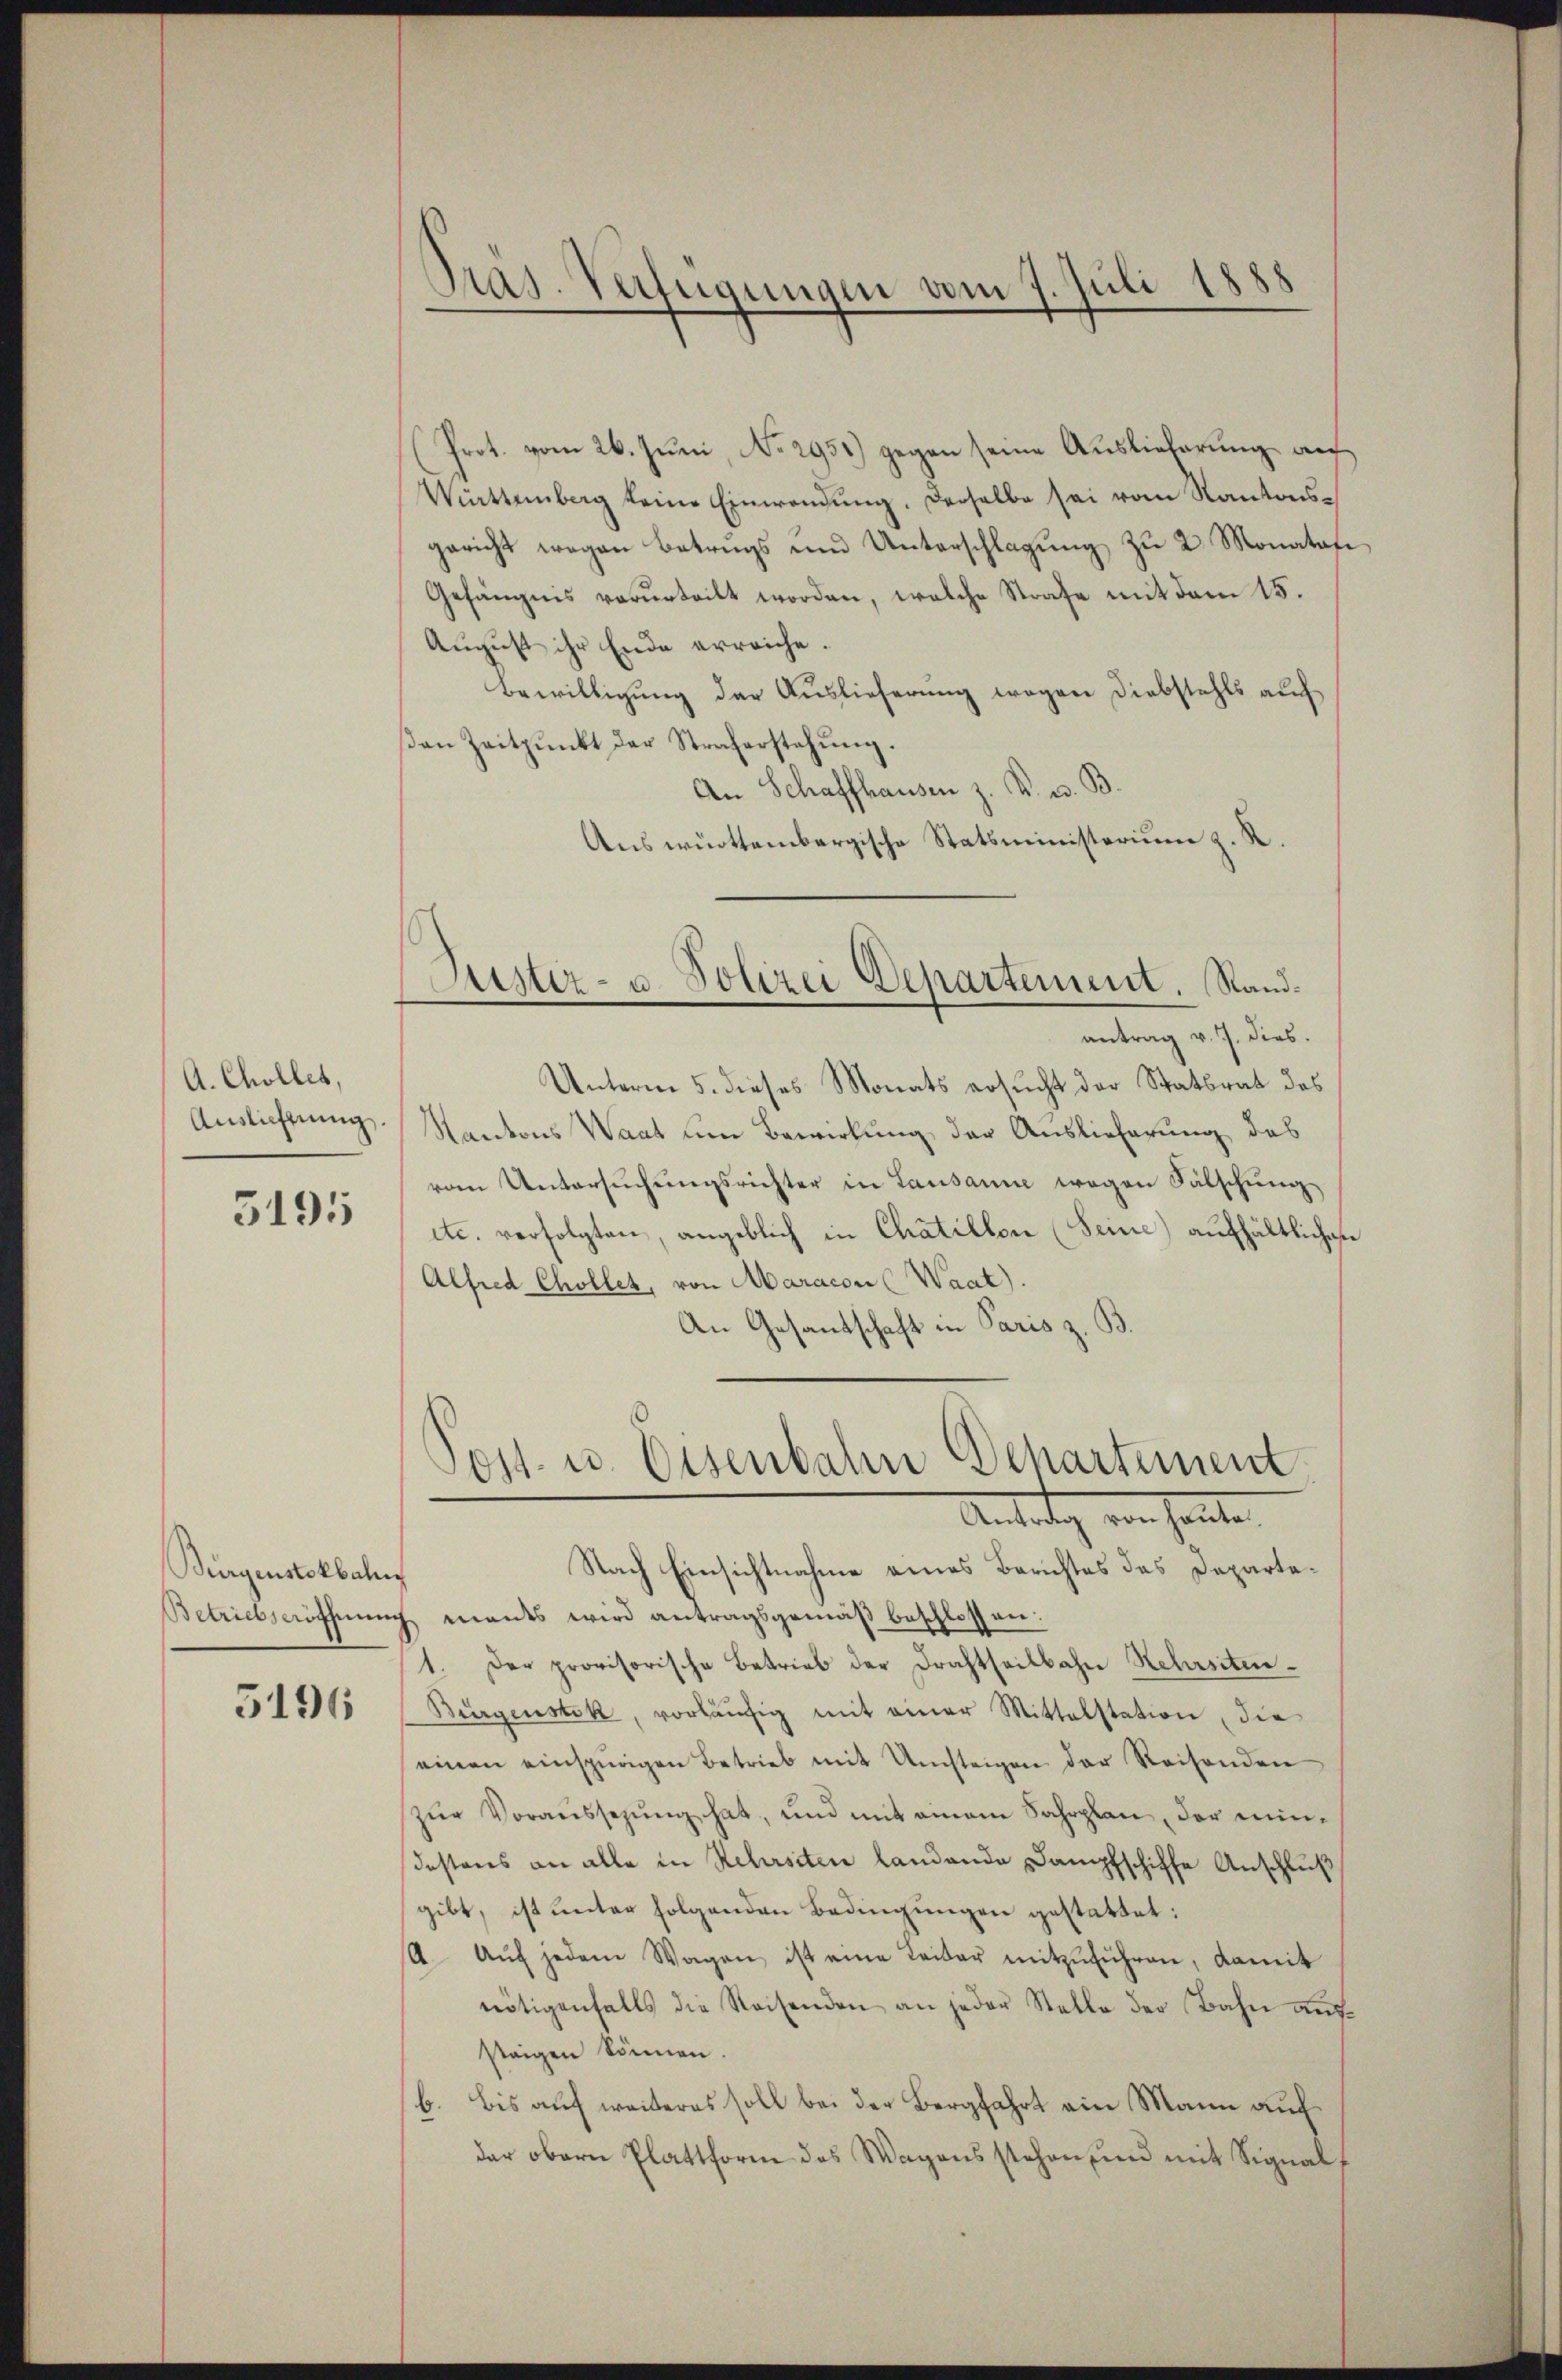
A. Cholles,
Auslichtung.

5195

Bürgenstokbahn

5196

Pras. Verfügungen vom 7. Juli 1888

(Prot. vom 26. Juni, No. 2951) gegen seine Auslieferung auf
Wittemberg keine Einwendung. Derselbe sei vom Kantonsgericht wegen Betrags und Unterschlagŭng zŭ 2 Monatare
Gefängnis verurteilt worden, welche Strafe mit dem 15.
August ihr Ende erreiche.
Bewilligung der Auslieferung wegen Diebstahls auf
βen Zeitpunkt der Straferstehung.
An Schaffhausen z. B. u. B.
Aus württembergische Statsministerium z. S.

Suster- u. Polizei Departement. Rand¬

antrag v. J. dies.
Unterm 5. dieses Monats ersucht der Statsrat des
Kantons Waat um Bewirkung der Auslieferung des
vom Untersuchungsrichter in Lausanne wegen Fälschung
etc. verfolgten, angeblich in Chätillon (Seine) aufhältlichese
Alfred Chollet, von Maracon (Waat).
An Gesantschaft in Paris z. B.
Nach Einsichtnahme eines Berichtes des Departe¬
Betriebseröffnung mants wird antragsgemäß beschlossen:
1. Der provisorische Betrieb der Frachtheilbahn Rehrsiten¬
Bürgenstek, vorläŭfig mit einer Mittelstation, die
einen einspurigen Betrieb mit Umsteigen der Reisenden
zŭr Voraŭssezŭng hat, und mit einem Fahrplan, der min-
destens an alle in Rebersiten landende Dampfschiffe Anschluß
gibt, ist unter folgenden Bedingungen gestattet:
14. Aŭf jedem Wagen, ist eine Leiter mitzŭführen, damit
nötigenfalls die Reisenden an jeder Stelle der Bahn aussteigen können.
b. bis auf weiteres soll bei der Bergfahrt ein Mann auf
der obern Plattform des Wagensstehen und mit Signal¬

011. u. Eisenbahn Departement
Antrag von heute,